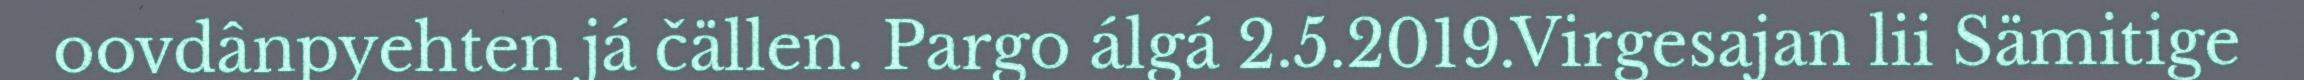
oovdânpyehten já čällen. Pargo álgá 2.5.2019.Virgesajan lii Sämitige